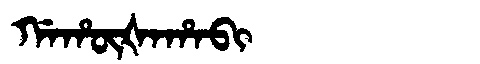
Manchu: ᡤᠠᡥᡡᡧᠠᡥᠠᠪᡳ
Romanization: GAHŪŠAHABI